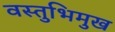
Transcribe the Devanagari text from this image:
वस्तुभिमुख